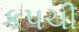
કપચી